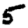
Digit: 5